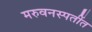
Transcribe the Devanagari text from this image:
मरुवनस्पतींत